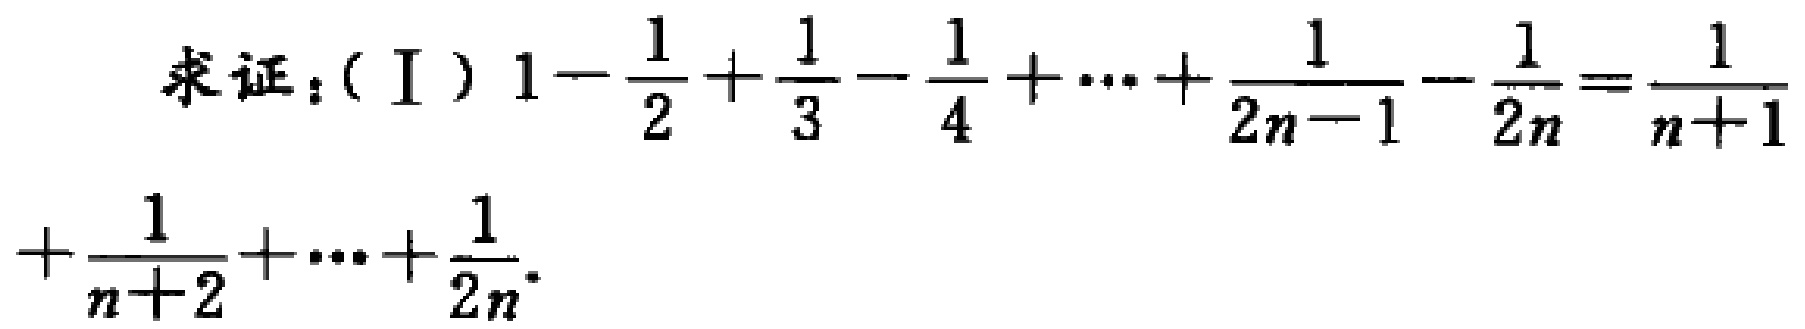
求证：( I ) \(1 - \frac{1}{2} + \frac{1}{3} - \frac{1}{4} + \cdots + \frac{1}{2n - 1} - \frac{1}{2n} = \frac{1}{n + 1} + \frac{1}{n + 2} + \cdots + \frac{1}{2n}\)